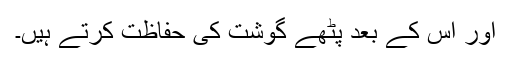
اور اس کے بعد پَٹھے گوشت کی حفاظت کرتے ہیں۔